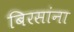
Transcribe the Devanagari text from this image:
बिरसांना